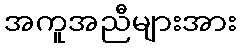
အကူအညီများအား